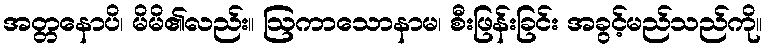
အတ္တနောပိ၊ မိမိ၏လည်း။ ဩကာသောနာမ၊ စီးဖြန်းခြင်း အခွင့်မည်သည်ကို။